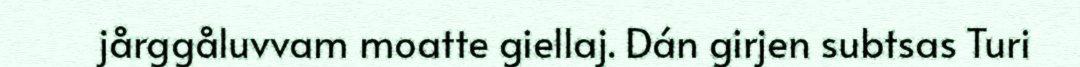
jårggåluvvam moatte giellaj. Dán girjen subtsas Turi